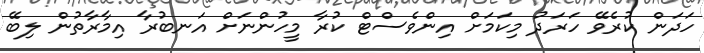
ހަދަން ކުރެވޭ ހަރަދު މިކަމަށް އިންވެސްޓް ކުރާ މީހުންނަށް އަނބުރާ އިމާރާތުން ލިބޭ